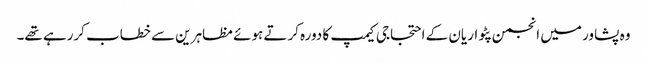
وہ پشاور میں انجمن پٹواریان کے احتجاجی کیمپ کا دورہ کرتے ہوئے مظاہرین سے خطاب کررہے تھے۔